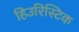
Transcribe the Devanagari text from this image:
हिउरिस्टिक